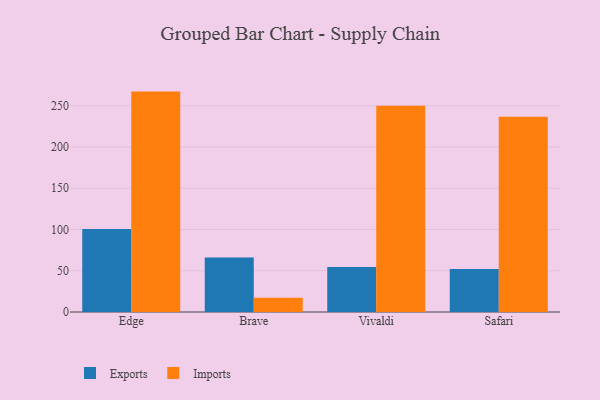
{"axis": {"x": "Browser", "y": "Revenue (USD Million)"}, "legend": ["Exports", "Imports"], "data": [{"x": "Edge", "y": 100.7, "type": "Exports"}, {"x": "Edge", "y": 267.2, "type": "Imports"}, {"x": "Brave", "y": 66.1, "type": "Exports"}, {"x": "Brave", "y": 17.3, "type": "Imports"}, {"x": "Vivaldi", "y": 54.6, "type": "Exports"}, {"x": "Vivaldi", "y": 250.1, "type": "Imports"}, {"x": "Safari", "y": 52.1, "type": "Exports"}, {"x": "Safari", "y": 236.6, "type": "Imports"}]}